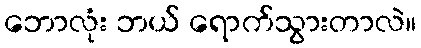
ဘောလုံး ဘယ် ရောက်သွားတာလဲ။